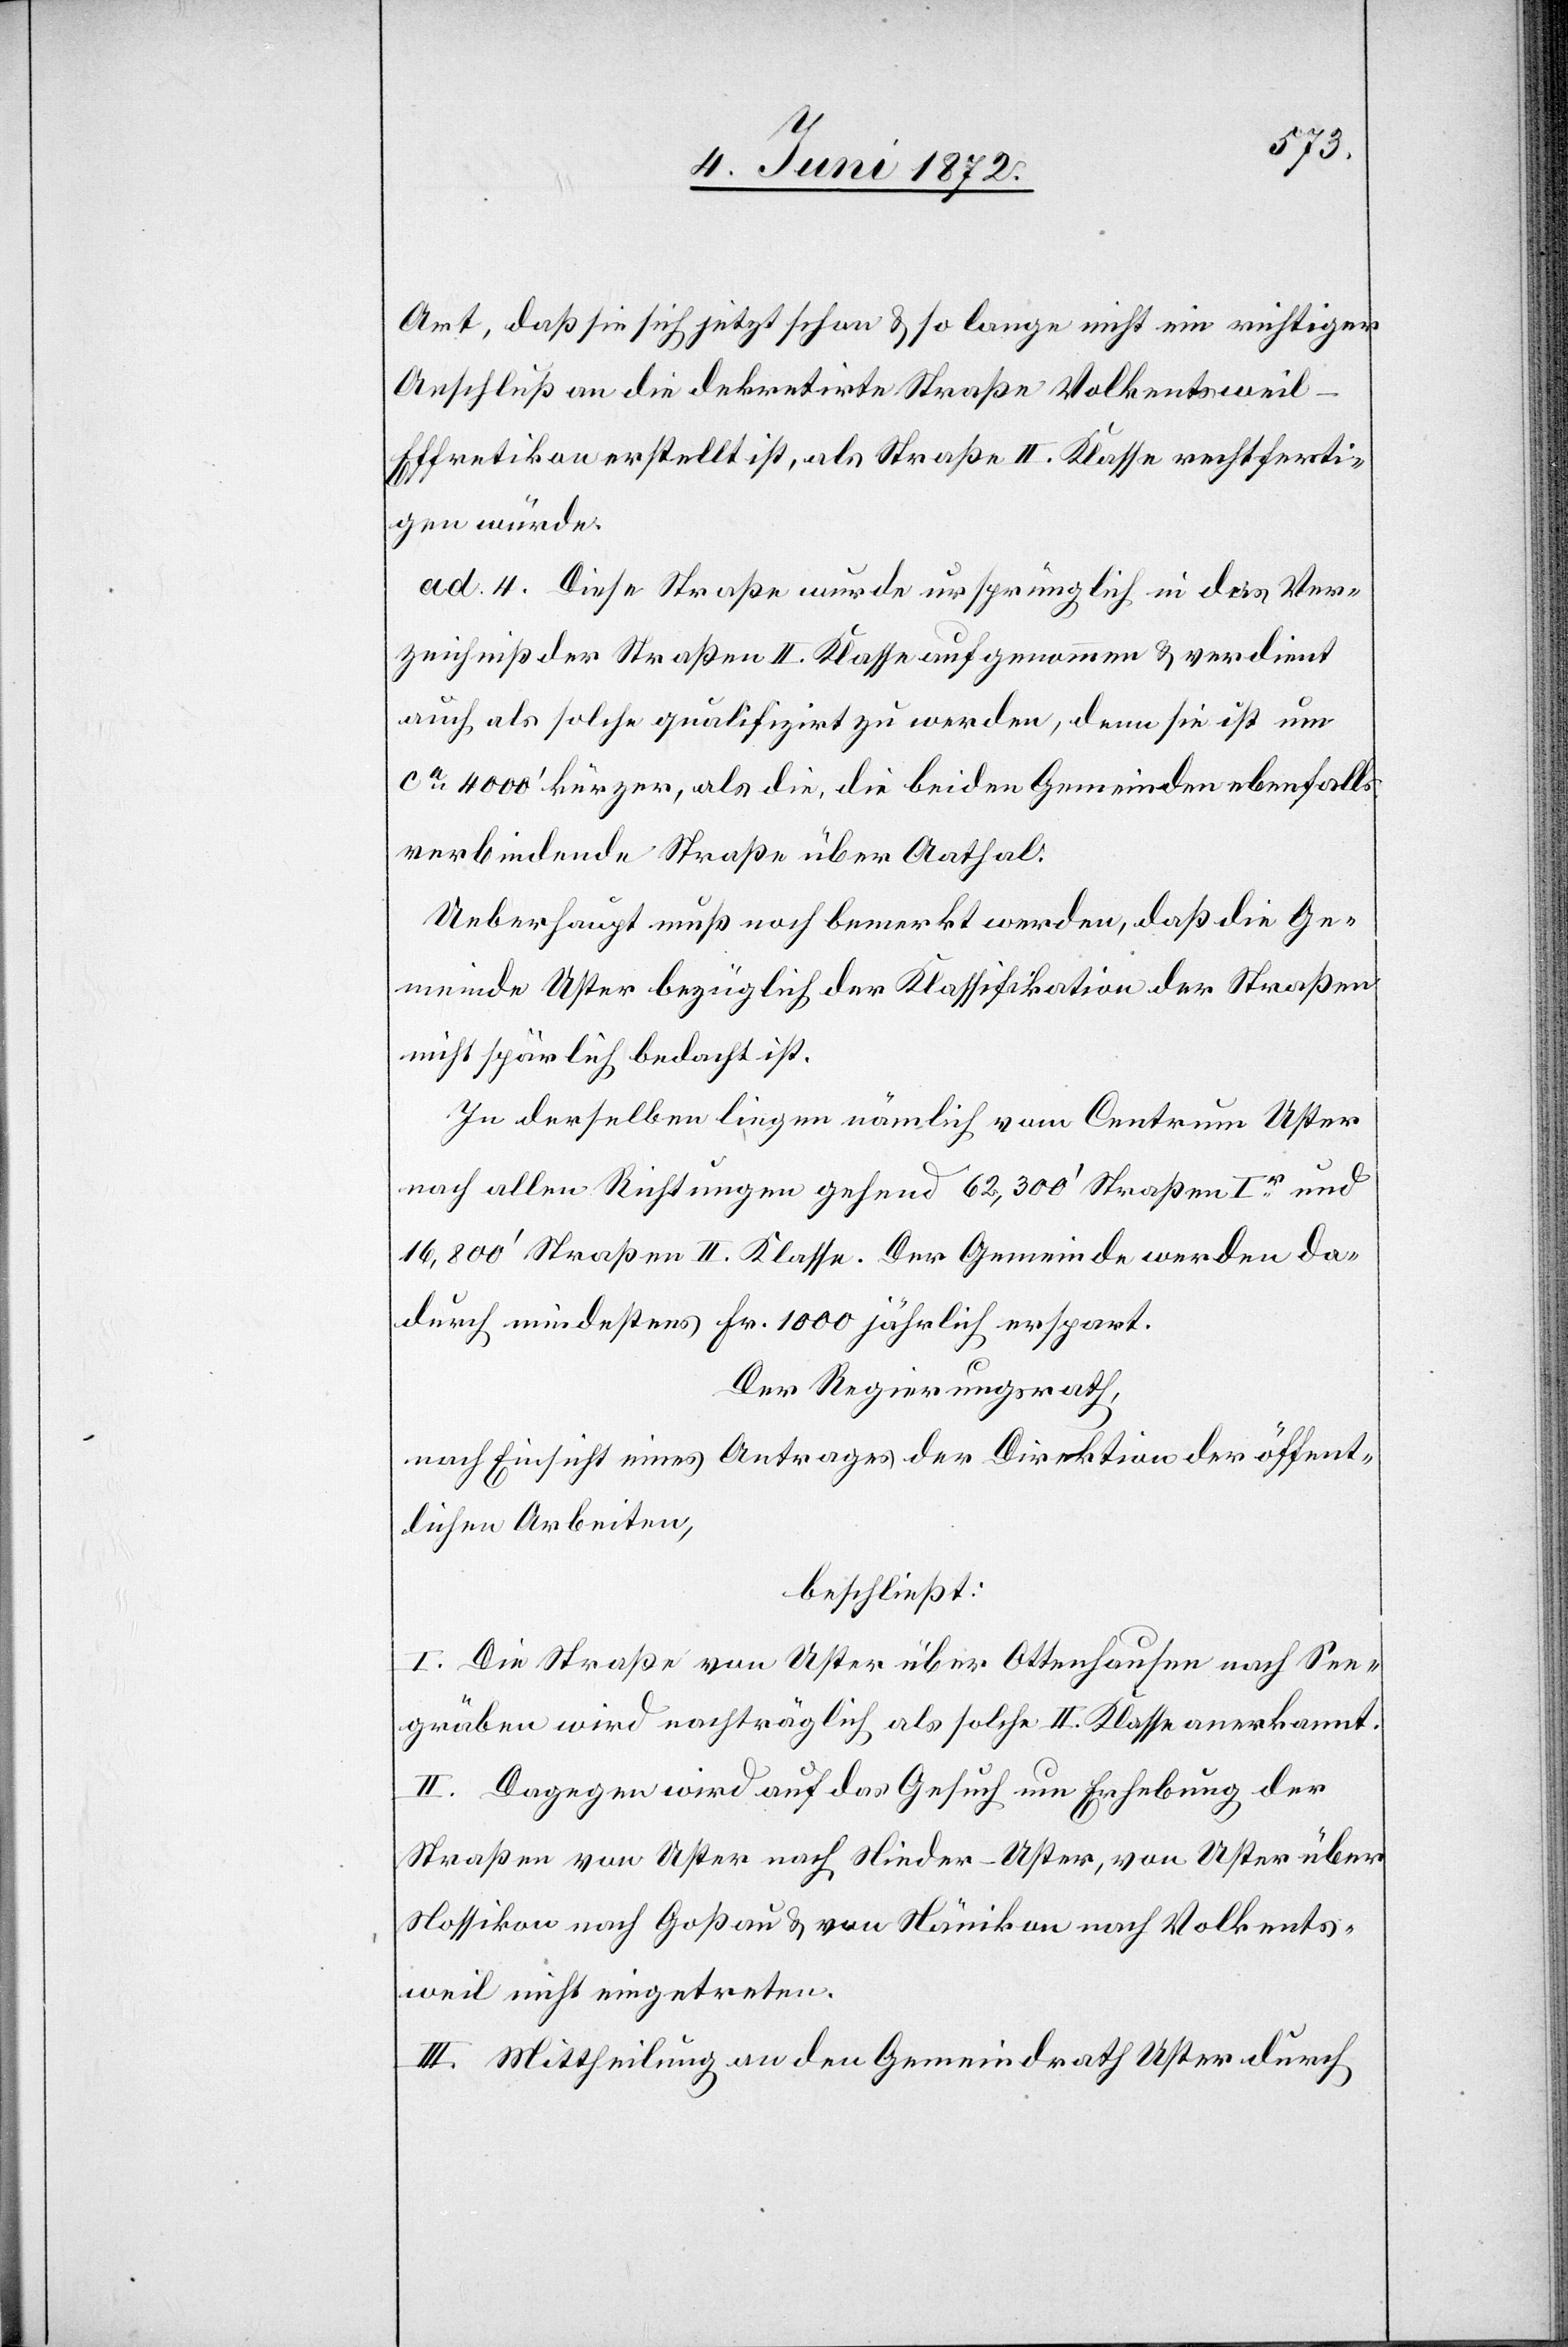
Art, daß sie sich jetzt schon u. so lange nicht ein richtiger
Anschluß an die dekretirte Straße Volkentsweil–E¬
ffretikon erstellt ist, als Straße II. Klasse rechtferti¬
gen würde.
ad. 4. Diese Straße wurde ursprünglich in das Ver¬
zeichniß der Straßen II. Klasse aufgenommen u. verdient
auch als solche qualifizirt zu werden, denn sie ist um
ca 4000’ kürzer, als die, die beiden Gemeinden ebenfalls
verbindende Straße über Aathal.
Ueberhaupt muß noch bemerkt werden, daß die Ge¬
meinde Uster bezüglich der Klassifikation der Straßen
nicht spärlich bedacht ist.
In derselben liegen nämlich vom Centrum Uster
nach allen Richtungen gehend 62,300’ Straßen Ir und
16,800’ Straßen II. Klasse. Der Gemeinde werden da¬
durch mindestens Fr. 1000 jährlich erspart.
Der Regierungsrath,
nach Einsicht eines Antrages der Direktion der öffent¬
lichen Arbeiten,
beschließt:
I. Die Straße von Uster über Ottenhausen nach See¬
gräben wird nachträglich als solche II. Klasse anerkannt.
II. Dagegen wird auf das Gesuch um Erhebung der
Straßen von Uster nach Nieder-Uster, von Uster über
Nossikon nach Goßau von Nänikon nach Volkents¬
weil nicht eingetreten.
III. Mittheilung an den Gemeindrath Uster durch